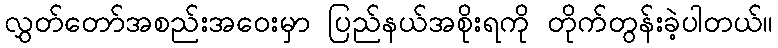
လွှတ်တော်အစည်းအဝေးမှာ ပြည်နယ်အစိုးရကို တိုက်တွန်းခဲ့ပါတယ်။